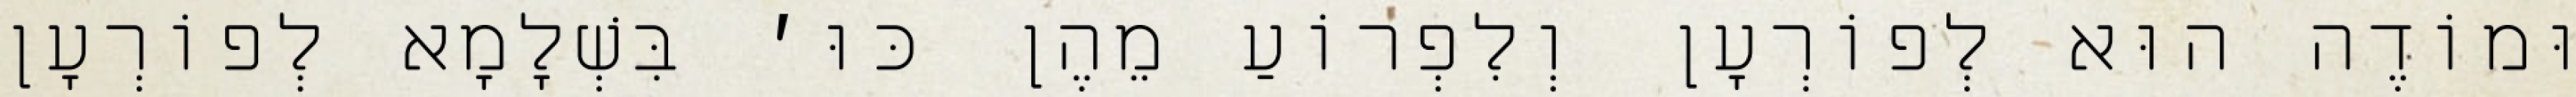
וּמוֹדֶה הוּא לְפוֹרְעָן וְלִפְרוֹעַ מֵהֶן כּוּ׳ בִּשְׁלָמָא לְפוֹרְעָן